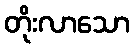
တိုးလာသော